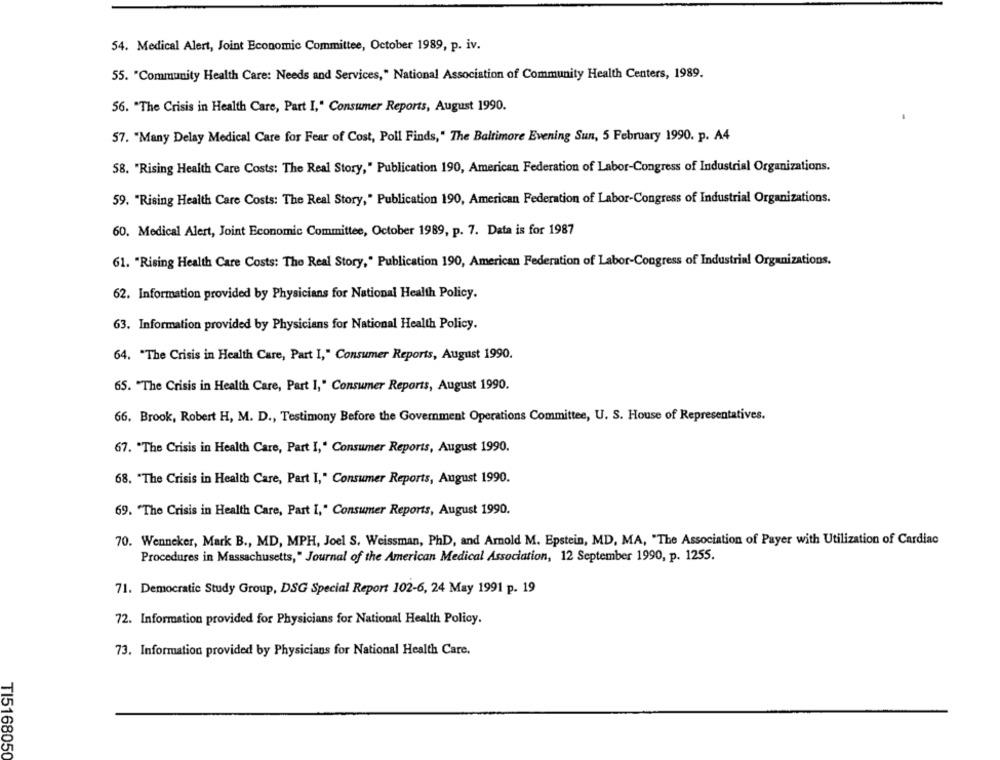
54. Medical Alert, Joint Economic Committee, October 1989, p. iv.
55. "Community Health Care: Needs and Services," National Association of Community Health Centers, 1989.
56. "The Crisis in Health Care, Part I," Consumer Reports, August 1990.
57. "Many Delay Medical Care for Fear of Cost, Poll Finds," The Baltimore Evening Sun, 5 February 1990. p. A4
58. "Rising Health Care Costs: The Real Story," Publication 190, American Federation of Labor-Congress of Industrial Organizations.
59. "Rising Health Care Costs: The Real Story," Publication 190, American Federation of Labor-Congress of Industrial Organizations.
60. Medical Alert, Joint Economic Committee, October 1989, p. 7. Data is for 1987
61. "Rising Health Care Costs: The Real Story," Publication 190, American Federation of Labor-Congress of Industrial Organizations.
62. Information provided by Physicians for National Health Policy.
63. Information provided by Physicians for National Health Policy.
64. "The Crisis in Health Care, Part I," Consumer Reports, August 1990.
65. "The Crisis in Health Care, Part I," Consumer Reports, August 1990.
66. Brook, Robert H, M. D ., Testimony Before the Government Operations Committee, U. S. House of Representatives.
67. "The Crisis in Health Care, Part I," Consumer Reports, August 1990.
68. "The Crisis in Health Care, Part I," Consumer Reports, August 1990.
69. "The Crisis in Health Care, Part I," Consumer Reports, August 1990.
70. Wenneker, Mark B ., MD, MPH, Joel S. Weissman, PhD, and Arnold M. Epstein, MD, MA, "The Association of Payer with Utilization of Cardiac
Procedures in Massachusetts," Journal of the American Medical Association, 12 September 1990, p. 1255.
71. Democratic Study Group, DSG Special Report 102-6, 24 May 1991 p. 19
72. Information provided for Physicians for National Health Policy.
73. Information provided by Physicians for National Health Care.
TI5168050